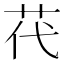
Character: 䒫